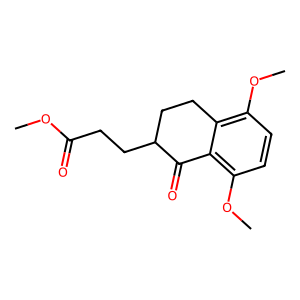
SMILES: COC(=O)CCC1CCc2c(OC)ccc(OC)c2C1=O
Inhibits HIV replication: No